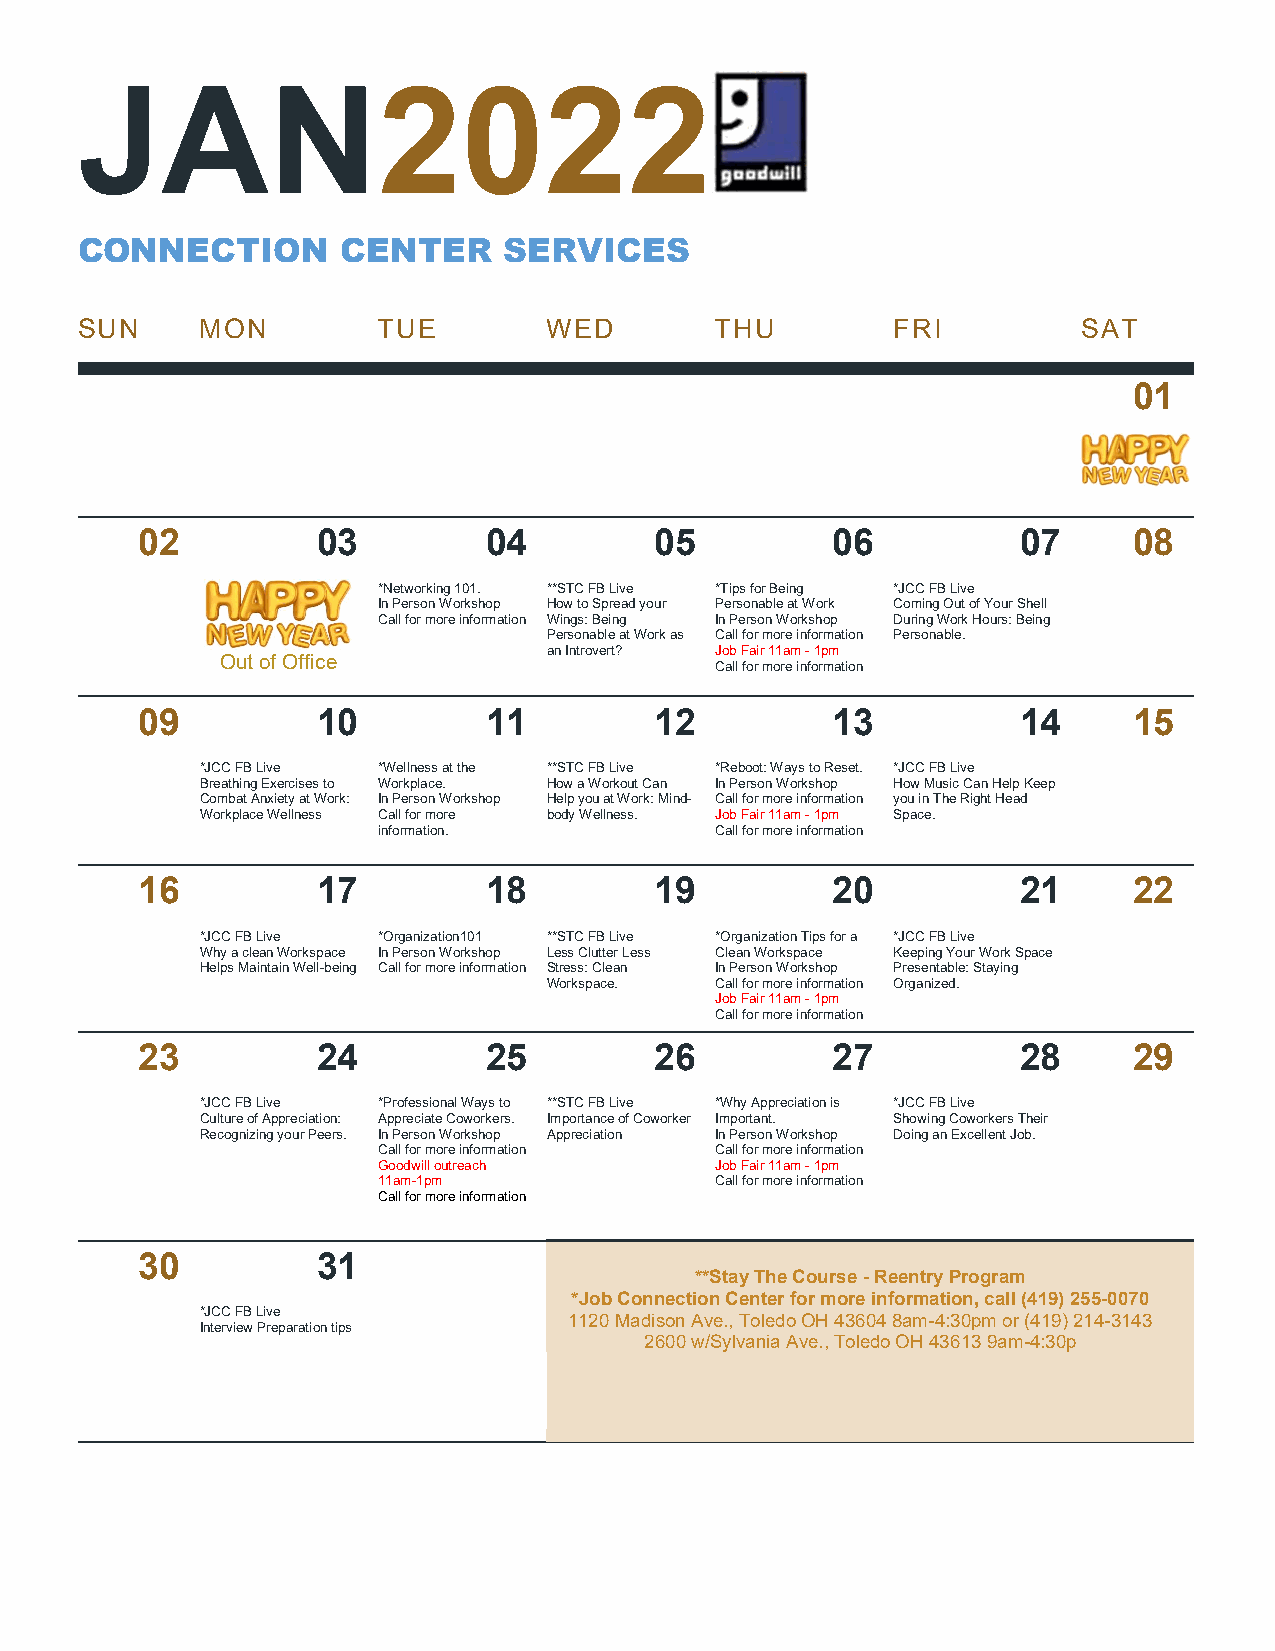
JAN2022
 CONNECTION        CENTER    SERVICES
 SUN     MON         TUE        WED        THU         FRI          SAT
 01
 02          03         04         05          06           07     08
 *Networking 101. **STC FB Live *Tips for Being *JCC FB Live
 In Person Workshop How to Spread your Personable at Work Coming Out of Your Shell
 Call for more information Wings: Being In Person Workshop During Work Hours: Being
 Personable at Work as Call for more information Personable.
 an Introvert? Job Fair 11am - 1pm
 Out of Office
 Call for more information
 09          10         11         12          13           14     15
 *JCC FB Live *Wellness at the **STC FB Live *Reboot: Ways to Reset. *JCC FB Live
 Breathing Exercises to Workplace. How a Workout Can In Person Workshop How Music Can Help Keep
 Combat Anxiety at Work: In Person Workshop Help you at Work: Mind- Call for more information you in The Right Head
 Workplace Wellness Call for more body Wellness. Job Fair 11am - 1pm Space.
 information.          Call for more information
 16          17         18         19          20           21     22
 *JCC FB Live *Organization101 **STC FB Live *Organization Tips for a *JCC FB Live
 Why a clean Workspace In Person Workshop Less Clutter Less Clean Workspace Keeping Your Work Space
 Helps Maintain Well-being Call for more information Stress: Clean In Person Workshop Presentable: Staying
 Workspace. Call for more information Organized.
 Job Fair 11am - 1pm
 Call for more information
 23          24         25         26          27           28     29
 *JCC FB Live *Professional Ways to **STC FB Live *Why Appreciation is *JCC FB Live
 Culture of Appreciation: Appreciate Coworkers. Importance of Coworker Important. Showing Coworkers Their
 Recognizing your Peers. In Person Workshop Appreciation In Person Workshop Doing an Excellent Job.
 Call for more information Call for more information
 Goodwill outreach     Job Fair 11am - 1pm
 11am-1pm              Call for more information
 Call for more information
 30          31
 **Stay The Course - Reentry Program
 *Job Connection Center for more information, call (419) 255-0070
 *JCC FB Live             1120 Madison Ave., Toledo OH 43604 8am-4:30pm or (419) 214-3143
 Interview Preparation tips
 2600 w/Sylvania Ave., Toledo OH 43613 9am-4:30p